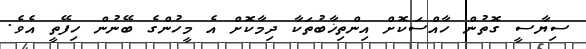
ސިޔާސީ ގޮތުން ހާއްސަކޮށް އިންތިޚާބުތަކާ ދިމާކޮށް އެ މީހުންގެ ބޭނުން ހިފޭތީ އެވެ.